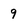
Character: 9